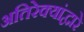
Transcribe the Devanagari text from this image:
अतिरेक्यांद्वारे